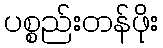
ပစ္စည်းတန်ဖိုး